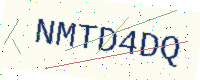
Text: NMTD4DQ